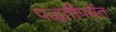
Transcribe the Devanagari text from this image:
पद्धतीपर्यंत